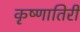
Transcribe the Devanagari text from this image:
कृष्णातिरी